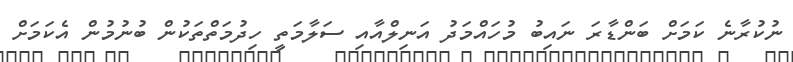
ނުކުރާނެ ކަމަށް ބަންޑާރަ ނައިބު މުހައްމަދު އަނިލްއާއި ސަލާމަތީ ހިދުމަތްތަކުން ބުނުމުން އެކަމަށް